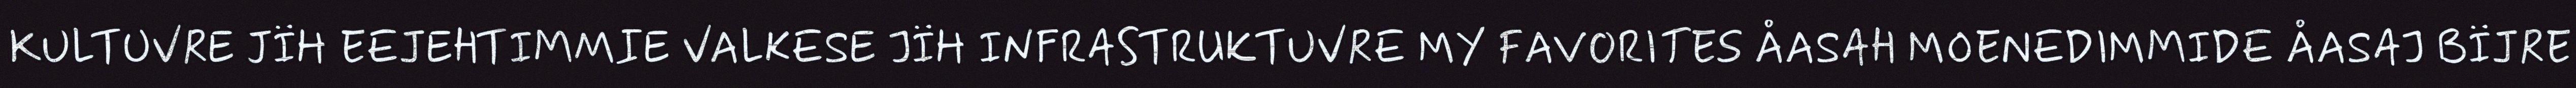
KULTUVRE JÏH EEJEHTIMMIE VALKESE JÏH INFRASTRUKTUVRE MY FAVORITES ÅASAH MOENEDIMMIDE ÅASAJ BÏJRE